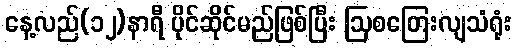
နေ့လည်(၁၂)နာရီ ပိုင်ဆိုင်မည်ဖြစ်ပြီး ဩစတြေးလျသံရုံး